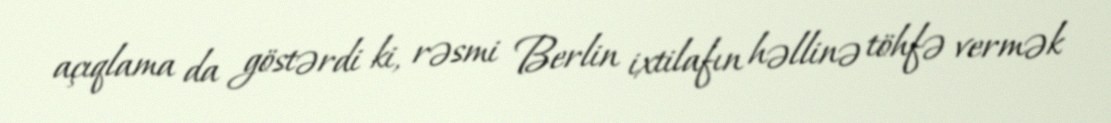
açıqlama da göstərdi ki, rəsmi Berlin ixtilafın həllinə töhfə vermək